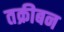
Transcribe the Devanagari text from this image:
तक्रीबन